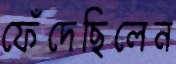
ফেঁদেছিলেন